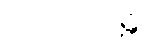
ပညပေယျန္တိ